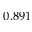
0 . 8 9 1